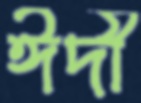
ঈদী